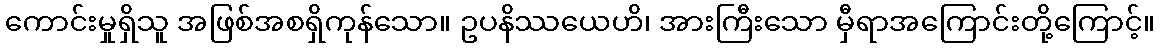
ကောင်းမှုရှိသူ အဖြစ်အစရှိကုန်သော။ ဥပနိဿယေဟိ၊ အားကြီးသော မှီရာအကြောင်းတို့ကြောင့်။